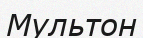
Мультон